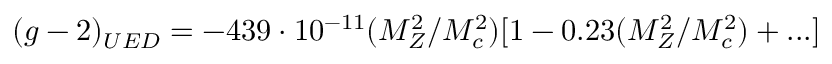
( g - 2 ) _ { U E D } = - 4 3 9 \cdot 1 0 ^ { - 1 1 } ( M _ { Z } ^ { 2 } / M _ { c } ^ { 2 } ) [ 1 - 0 . 2 3 ( M _ { Z } ^ { 2 } / M _ { c } ^ { 2 } ) + . . . ] \,